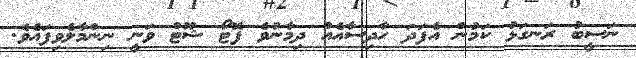
ނަސީބު ރަނގަޅު ކަމުން އެފަދަ ހާދިސާއެއް ދިމާނުވެ ފޮޓޯ ޝޫޓް ވަނީ ނިންމާލެވިފައެވެ.